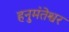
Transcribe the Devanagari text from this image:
हनुमंतेश्वर